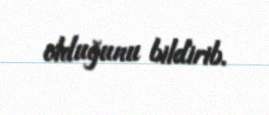
olduğunu bildirib.